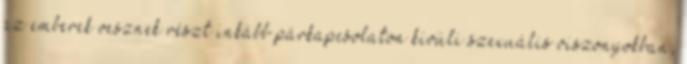
az emberek vesznek részt inkább párkapcsolaton kívüli szexuális viszonyokban,